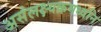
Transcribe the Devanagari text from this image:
असंलक्ष्यक्रमध्वनि